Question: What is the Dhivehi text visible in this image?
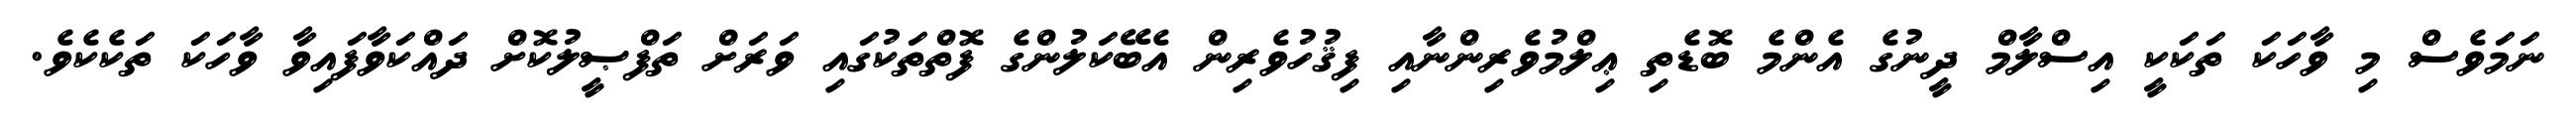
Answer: ނަމަވެސް މި ވާހަކަ ތަކަކީ އިސްލާމް ދީނުގެ އެންމެ ބޮޑެތި ޢިލްމުވެރިންނާއި ފިޤުހުވެރިން އެބޭކަލުންގެ ފޮތްތަކުގައި ވަރަށް ތަފްޞީލުކޮށް ދައްކަވާފައިވާ ވާހަކަ ތަކެކެވެ.